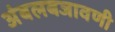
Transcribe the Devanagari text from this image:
अंबलबजावणी